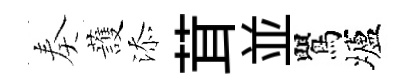
奏䕶添茸並鸎壚